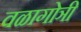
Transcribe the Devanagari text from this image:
वळागोञी